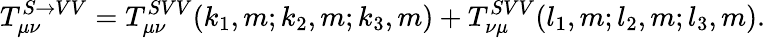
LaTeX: T_{\mu\nu}^{S\rightarrow VV}=T_{\mu\nu}^{SVV}(k_{1},m;k_{2},m;k_{3},m)+T_{\nu\mu}^{SVV}(l_{1},m;l_{2},m;l_{3},m).